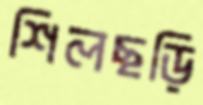
শিলছড়ি